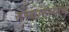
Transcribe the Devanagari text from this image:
संस्थानच्याच